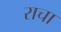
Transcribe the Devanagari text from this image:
राचा